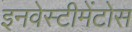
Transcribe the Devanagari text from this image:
इनवेस्टीमेंटोस